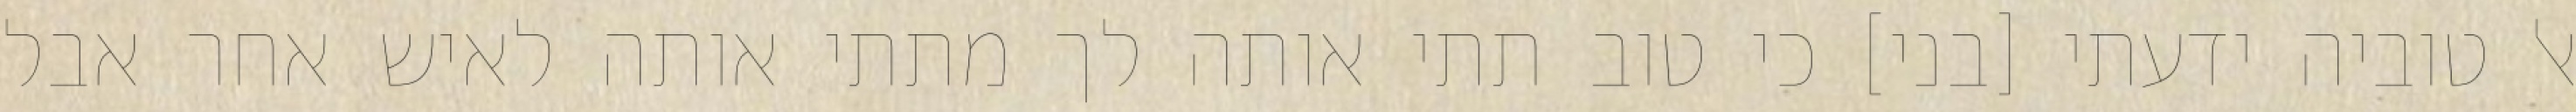
אל טוביה ידעתי [בני] כי טוב תתי אותה לך מתתי אותה לאיש אחר אבל